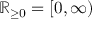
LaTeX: \mathbb { R } _ { \geq 0 } = [ 0 , \infty )